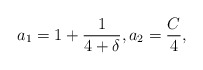
\begin{align*}a_1=1+\frac{1}{4+\delta}, a_2=\frac{C}{4},\end{align*}